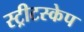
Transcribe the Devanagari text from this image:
स्ट्रीटस्केप